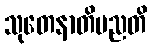
သုတေနာတိမညတိ